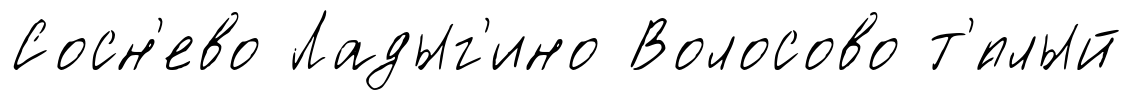
Сосн'ево Ладыг'ино Волосово т'́плый